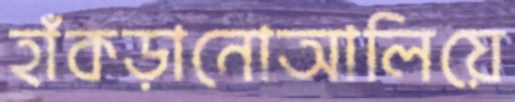
হাঁকড়ানোআলিয়ে